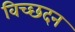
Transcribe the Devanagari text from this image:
विच्छदन